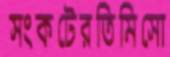
সংকটেরতিমিসো